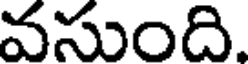
వసుంది.